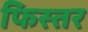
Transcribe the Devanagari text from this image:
फिस्तर